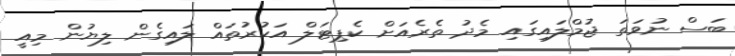
ބަސް ނުވަތަ ޖުމްލައިގައި މެދު ތެރެއަށް ކެޕިޓަލް އަކުރުތައް ލައިގެން ލިޔުން މިއީ